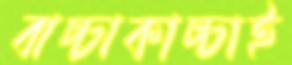
বাচ্চাকাচ্চাই